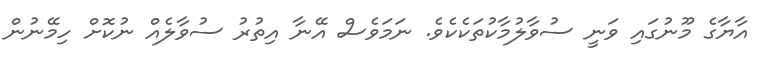
އާޔާގެ މޫނުގައި ވަނީ ސުވާލުމާކުތަކެކެވެ. ނަމަވެސް އޭނާ އިތުރު ސުވާލެއް ނުކޮށް ހިމޭނުން